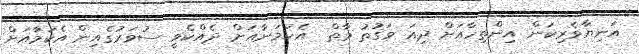
އަނިޔާވެރިކަން އިންތިހާއަށް ދިއަ ވަގުތު މާތް  އެކަމަނާއަށް ދެއްކެވީ ސުވަރުގެއިން އެކަމަާއަށް